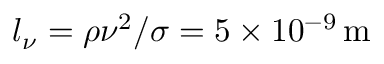
l _ { \nu } = \rho \nu ^ { 2 } / \sigma = 5 \times 1 0 ^ { - 9 } \, \mathrm { m }